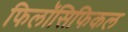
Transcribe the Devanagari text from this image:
फिलॉसिफिकल